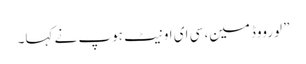
” لورووڈمین، سی ای او نیٹ ہوپ نے کہا۔